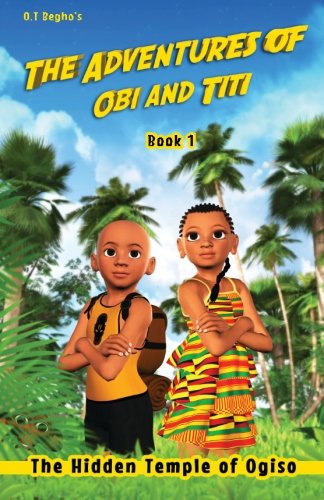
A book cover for The Adventures of Obi and Titi: The Hidden Temple of Ogiso (Volume 1); Mr O T Begho; Children's Books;